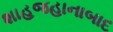
શાહજહાનાબાદ